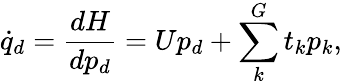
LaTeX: \dot{q}_{d}=\frac{dH}{dp_{d}}=Up_{d}+\sum_{k}^{G}t_{k}p_{k},